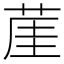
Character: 𦲒